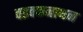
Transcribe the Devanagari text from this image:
वडक्कनाथन